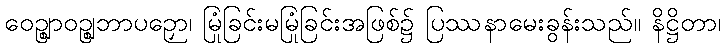
ဝေဉ္ဈာဝဉ္ဈဘာပဉှော၊ မြုံခြင်းမမြုံခြင်းအဖြစ်၌ ပြဿနာမေးခွန်းသည်။ နိဋ္ဌိတာ၊